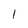
Character: 1